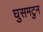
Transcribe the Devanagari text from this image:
घुसमटुन